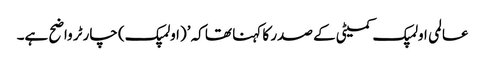
عالمی اولمپک کمیٹی کے صدر کا کہنا تھا کہ ’(اولمپک) چارٹر واضح ہے۔